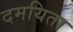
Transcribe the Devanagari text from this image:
दमयिता